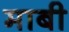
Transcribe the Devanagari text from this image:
माबी